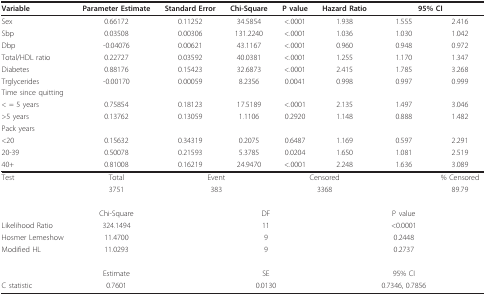
<table><thead><tr><td><b>Variable</b></td><td><b>Parameter Estimate</b></td><td><b>Standard Error</b></td><td><b>Chi-Square</b></td><td><b>P value</b></td><td><b>Hazard Ratio</b></td><td colspan="2"><b>95% CI</b></td></tr></thead><tbody><tr><td>Sex</td><td>0.66172</td><td>0.11252</td><td>34.5854</td><td>&lt;.0001</td><td>1.938</td><td>1.555</td><td>2.416</td></tr><tr><td>Sbp</td><td>0.03508</td><td>0.00306</td><td>131.2240</td><td>&lt;.0001</td><td>1.036</td><td>1.030</td><td>1.042</td></tr><tr><td>Dbp</td><td>-0.04076</td><td>0.00621</td><td>43.1167</td><td>&lt;.0001</td><td>0.960</td><td>0.948</td><td>0.972</td></tr><tr><td>Total/HDL ratio</td><td>0.22727</td><td>0.03592</td><td>40.0381</td><td>&lt;.0001</td><td>1.255</td><td>1.170</td><td>1.347</td></tr><tr><td>Diabetes</td><td>0.88176</td><td>0.15423</td><td>32.6873</td><td>&lt;.0001</td><td>2.415</td><td>1.785</td><td>3.268</td></tr><tr><td>Trglycerides</td><td>-0.00170</td><td>0.00059</td><td>8.2356</td><td>0.0041</td><td>0.998</td><td>0.997</td><td>0.999</td></tr><tr><td>Time since quitting</td><td></td><td></td><td></td><td></td><td></td><td></td><td></td></tr><tr><td>&lt; = 5 years</td><td>0.75854</td><td>0.18123</td><td>17.5189</td><td>&lt;.0001</td><td>2.135</td><td>1.497</td><td>3.046</td></tr><tr><td>&gt;5 years</td><td>0.13762</td><td>0.13059</td><td>1.1106</td><td>0.2920</td><td>1.148</td><td>0.888</td><td>1.482</td></tr><tr><td>Pack years</td><td></td><td></td><td></td><td></td><td></td><td></td><td></td></tr><tr><td>&lt;20</td><td>0.15632</td><td>0.34319</td><td>0.2075</td><td>0.6487</td><td>1.169</td><td>0.597</td><td>2.291</td></tr><tr><td>20-39</td><td>0.50078</td><td>0.21593</td><td>5.3785</td><td>0.0204</td><td>1.650</td><td>1.081</td><td>2.519</td></tr><tr><td>40+</td><td>0.81008</td><td>0.16219</td><td>24.9470</td><td>&lt;.0001</td><td>2.248</td><td>1.636</td><td>3.089</td></tr><tr><td>Test</td><td>Total</td><td colspan="2">Event</td><td colspan="2">Censored</td><td></td><td>% Censored</td></tr><tr><td></td><td>3751</td><td colspan="2">383</td><td colspan="2">3368</td><td></td><td>89.79</td></tr><tr><td></td><td>Chi-Square</td><td colspan="4">DF</td><td>P value</td><td></td></tr><tr><td>Likelihood Ratio</td><td>324.1494</td><td colspan="4">11</td><td>&lt;0.0001</td><td></td></tr><tr><td>Hosmer Lemeshow</td><td>11.4700</td><td colspan="4">9</td><td>0.2448</td><td></td></tr><tr><td>Modified HL</td><td>11.0293</td><td colspan="4">9</td><td>0.2737</td><td></td></tr><tr><td></td><td>Estimate</td><td colspan="4">SE</td><td>95% CI</td><td></td></tr><tr><td>C statistic</td><td>0.7601</td><td colspan="4">0.0130</td><td>0.7346, 0.7856</td><td></td></tr></tbody></table>